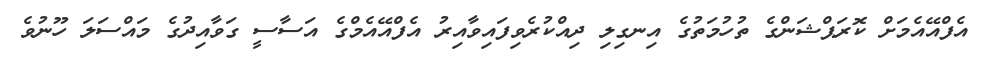
އެފްއޭއެމަށް ކޮރަޕްޝަންގެ ތުހުމަތުގެ އިނގިލި ދިއްކުރެވިފައިވާއިރު އެފްއޭއެމްގެ އަސާސީ ގަވާއިދުގެ މައްސަލަ ހޫނުވެ